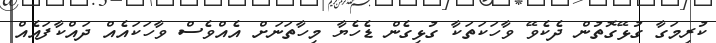
ކުރިމަގާ ގުޅޭގޮތުން ދެކެވޭ ވާހަކަތަކާ ގުޅިގެން ޑެހެޔާ މިހާތަނަށް އެއްވެސް ވާހަކައެއް ދައްކާފައެއް